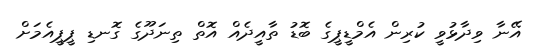
އޭނާ ވިދާޅުވީ ކުރިން އެމްޑީޕީގެ ބޮޑު ތާއީދެއް އޮތް ތިނަދޫގެ ގޮނޑި ޕީޕީއެމަށް